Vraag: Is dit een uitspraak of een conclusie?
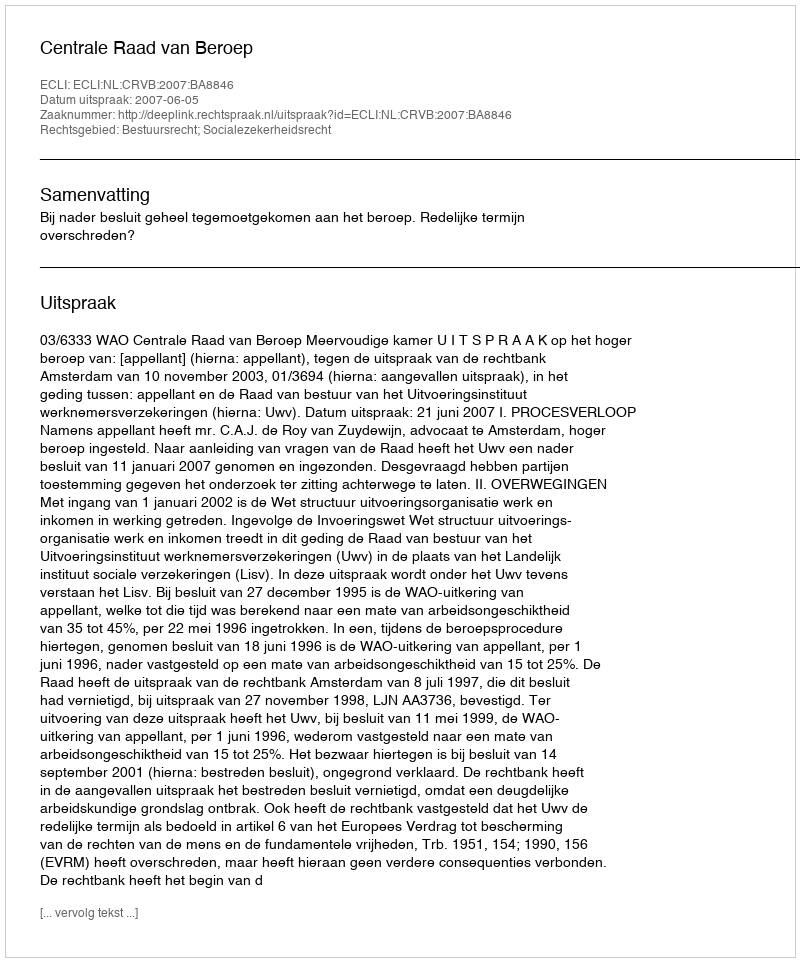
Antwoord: Uitspraak